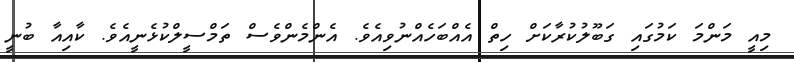
މިއީ މަންމަ ކަމުގައި ގަބޫލުކުރާކަށް ހިތް އެއްބަހެއްނުވިއެވެ. އެންމެންވެސް ތަމްސީލްކުޅެނީއެވެ. ކާއިއާ ބުނީ